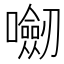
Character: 𭌝